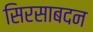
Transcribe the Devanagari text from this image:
सिरसाबदन